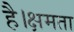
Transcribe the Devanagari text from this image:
है।क्षमता